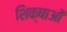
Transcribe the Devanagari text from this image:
शिक्षाआें